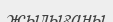
жылығаны